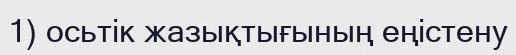
1) осьтік жазықтығының еңістену